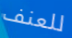
للعنف